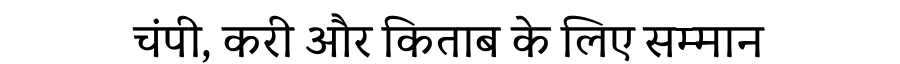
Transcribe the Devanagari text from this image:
चंपी, करी और किताब के लिए सम्मान